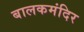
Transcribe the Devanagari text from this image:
बालकमंदिर